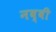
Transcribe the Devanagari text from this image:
नब्वी